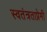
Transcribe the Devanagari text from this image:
स्वतंत्रताप्रेमी